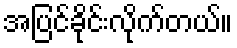
အပြင်ခိုင်းလိုက်တယ်။